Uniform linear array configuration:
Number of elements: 64
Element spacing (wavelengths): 0.5
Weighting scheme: blackman
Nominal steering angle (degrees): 15
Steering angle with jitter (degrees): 13.057
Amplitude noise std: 0.05
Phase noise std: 0.05

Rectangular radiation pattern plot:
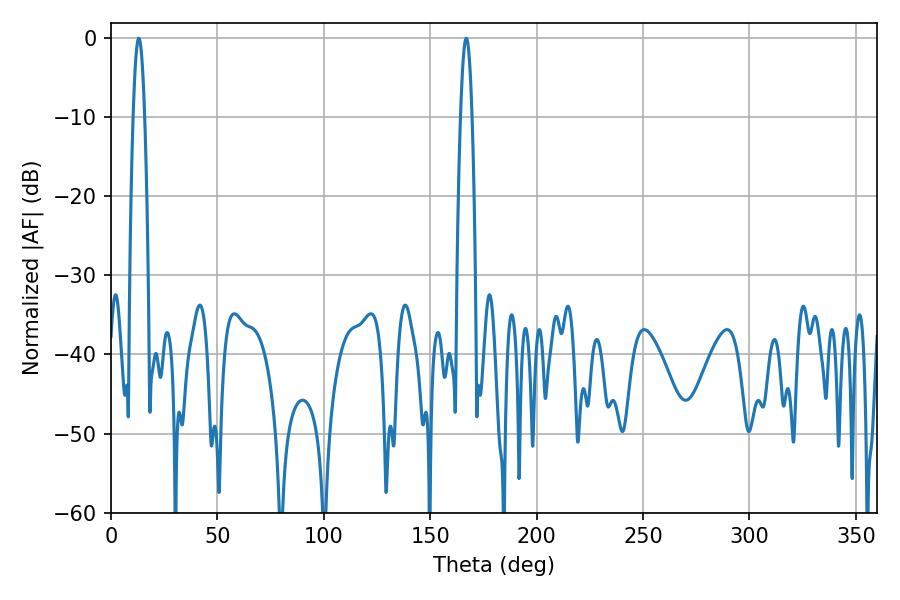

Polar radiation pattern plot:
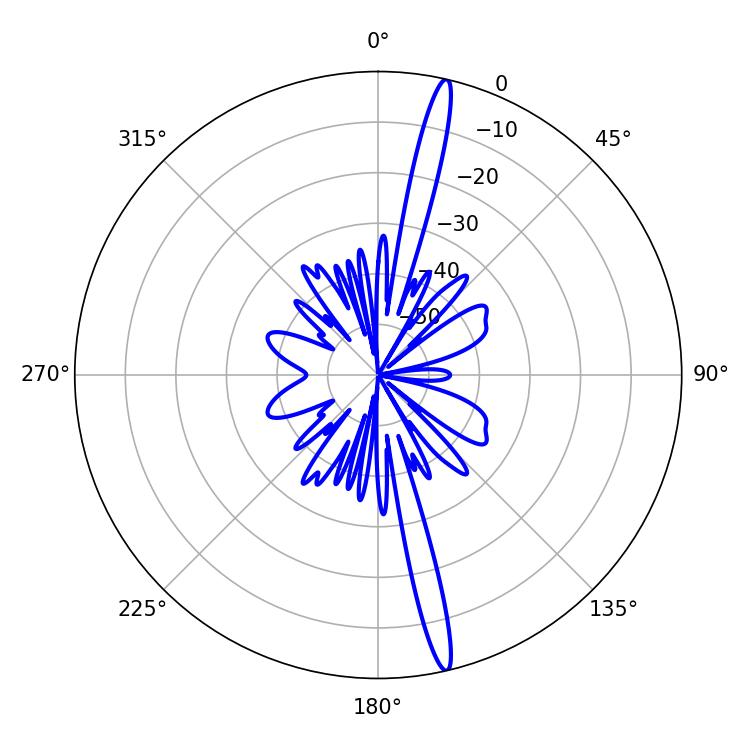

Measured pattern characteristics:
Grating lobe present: FALSE
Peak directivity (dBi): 18.929
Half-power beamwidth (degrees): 2.88
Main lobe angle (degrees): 13.14